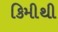
કિમીથી